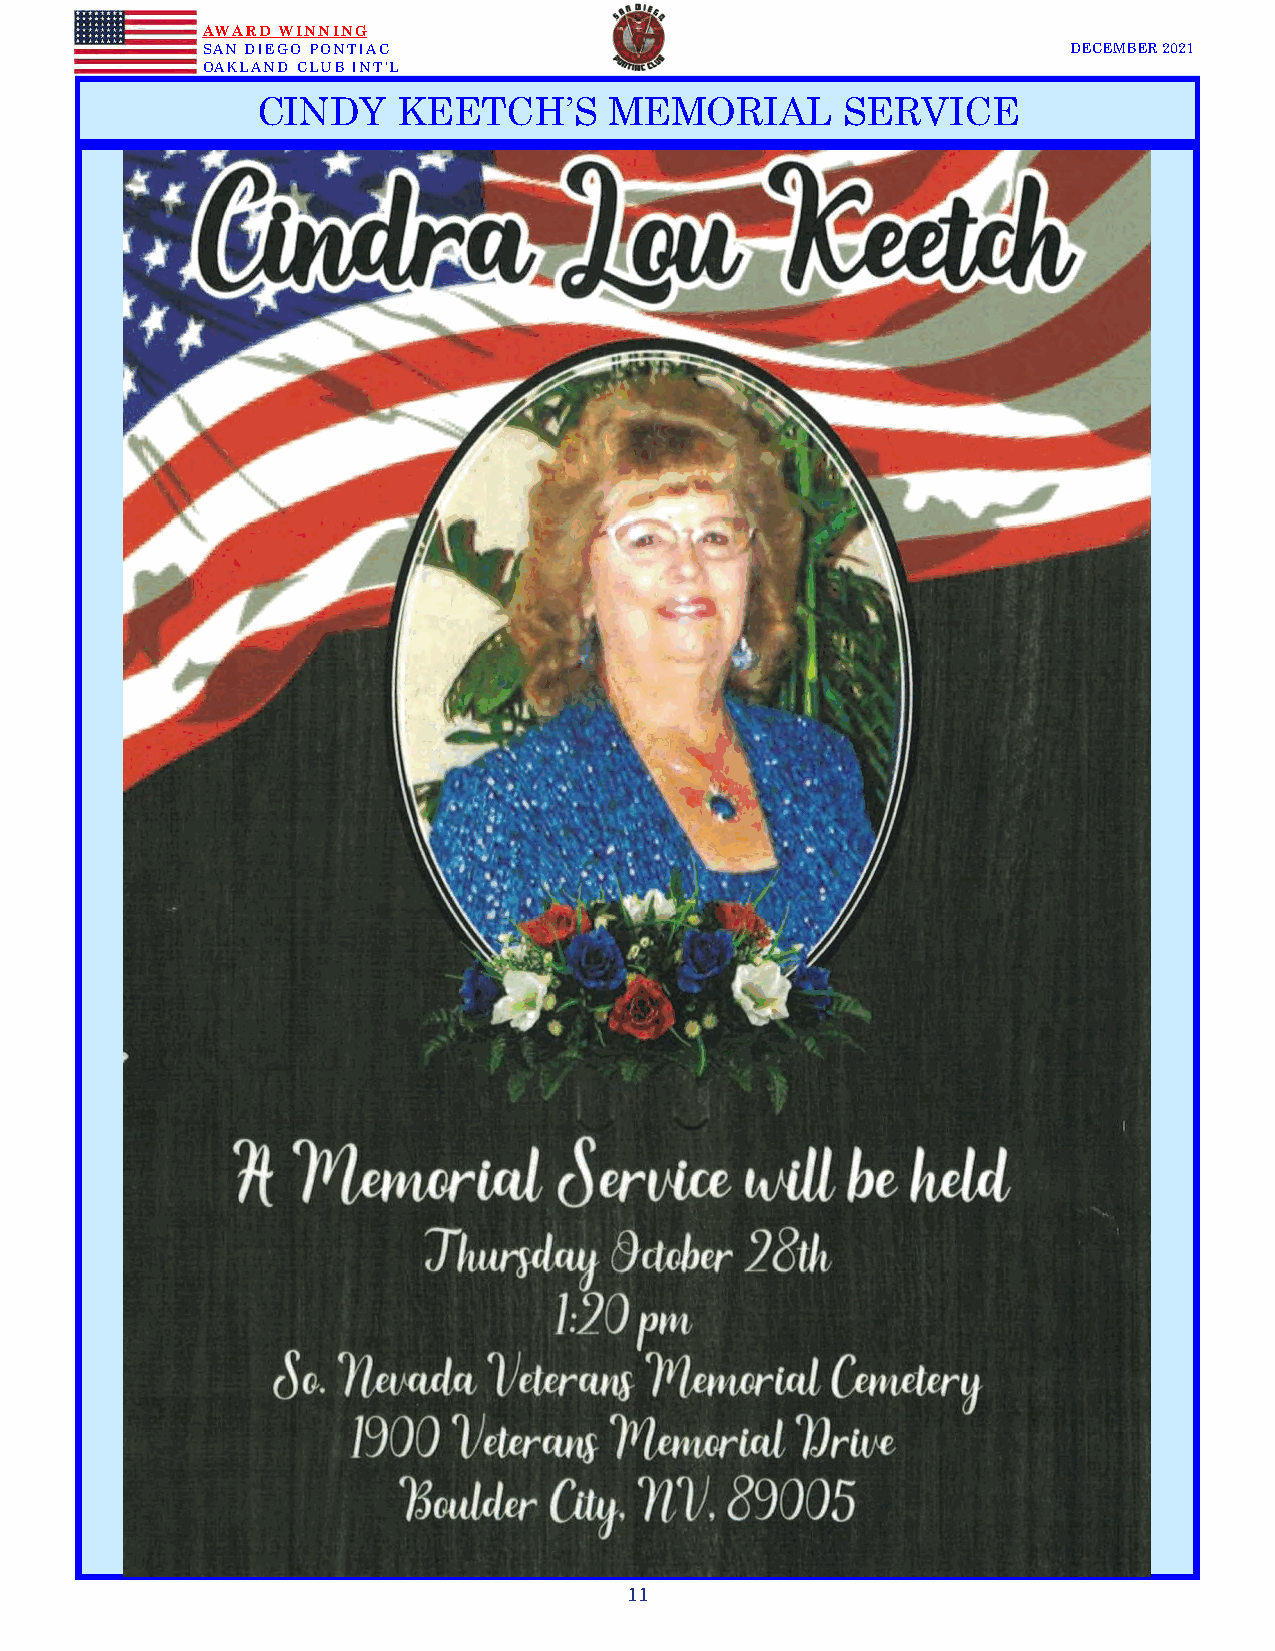
AWARD WINNING
 SAN DIEGO PONTIAC                                         DECEMBER 2021
 OAKLAND CLUB INT’L
 CINDY    KEETCH’S      MEMORIAL        SERVICE
 11